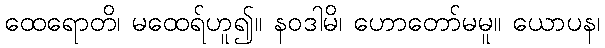
ထေရောတိ၊ မထေရ်ဟူ၍။ နဝဒါမိ၊ ဟောတော်မမူ။ ယောပန၊